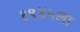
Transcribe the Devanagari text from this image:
१९४५ला